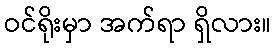
ဝင်ရိုးမှာ အက်ရာ ရှိလား။